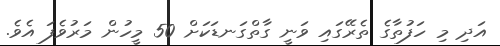
އަދި މި ހަފުތާގެ ތެރޭގައި ވަނީ ގާތްގަނޑަކަށް 50 މީހުން މަރުވެފަ އެވެ.